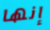
إنها